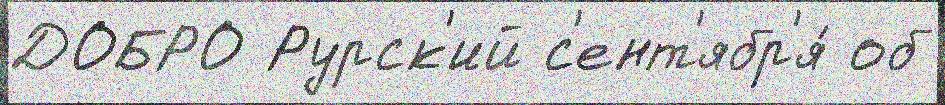
ДОБРО Рурск'ий с'ент'ябр'я́ об